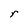
Character: r